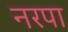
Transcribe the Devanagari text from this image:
नरपा